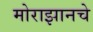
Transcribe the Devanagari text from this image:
मोराझानचे